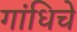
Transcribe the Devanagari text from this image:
गांधिचे